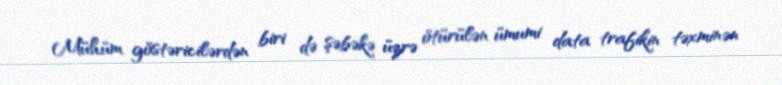
Mühüm göstəricilərdən biri də şəbəkə üzrə ötürülən ümumi data trafikin təxminən